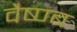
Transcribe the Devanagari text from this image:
वैष्ण्ब